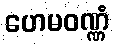
ဟေမဝဏ္ဏံ